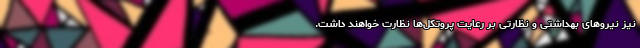
نیز نیروهای بهداشتی و نظارتی بر رعایت پروتکل‌ها نظارت خواهند داشت.